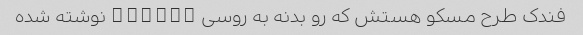
فندک طرح مسکو هستش که رو بدنه به روسی Москва نوشته شده